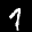
Label: 1